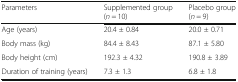
<table><thead><tr><td><b>Parameters</b></td><td><b>Supplemented group (<i>n</i> = 10)</b></td><td><b>Placebo group (<i>n</i> = 9)</b></td></tr></thead><tbody><tr><td>Age (years)</td><td>20.4 ± 0.84</td><td>20.0 ± 0.71</td></tr><tr><td>Body mass (kg)</td><td>84.4 ± 8.43</td><td>87.1 ± 5.80</td></tr><tr><td>Body height (cm)</td><td>192.3 ± 4.32</td><td>190.8 ± 3.89</td></tr><tr><td>Duration of training (years)</td><td>7.3 ± 1.3</td><td>6.8 ± 1.8</td></tr></tbody></table>